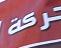
حر